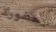
بحضورك